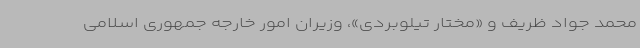
محمد جواد ظریف و «مختار تیلوبردی»، وزیران امور خارجه جمهوری اسلامی